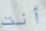
أنت